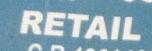
retail